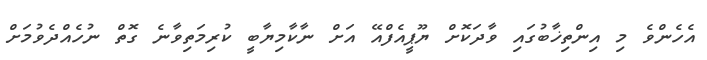
އެހެންވެ މި އިންތިޚާބުގައި ވާދަކޮށް ޔޫޕީއެފްއޭ އަށް ނާކާމިޔާބީ ކުރިމަތިވާނެ ގޮތް ނުހެއްދެވުމަށް